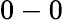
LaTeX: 0-0